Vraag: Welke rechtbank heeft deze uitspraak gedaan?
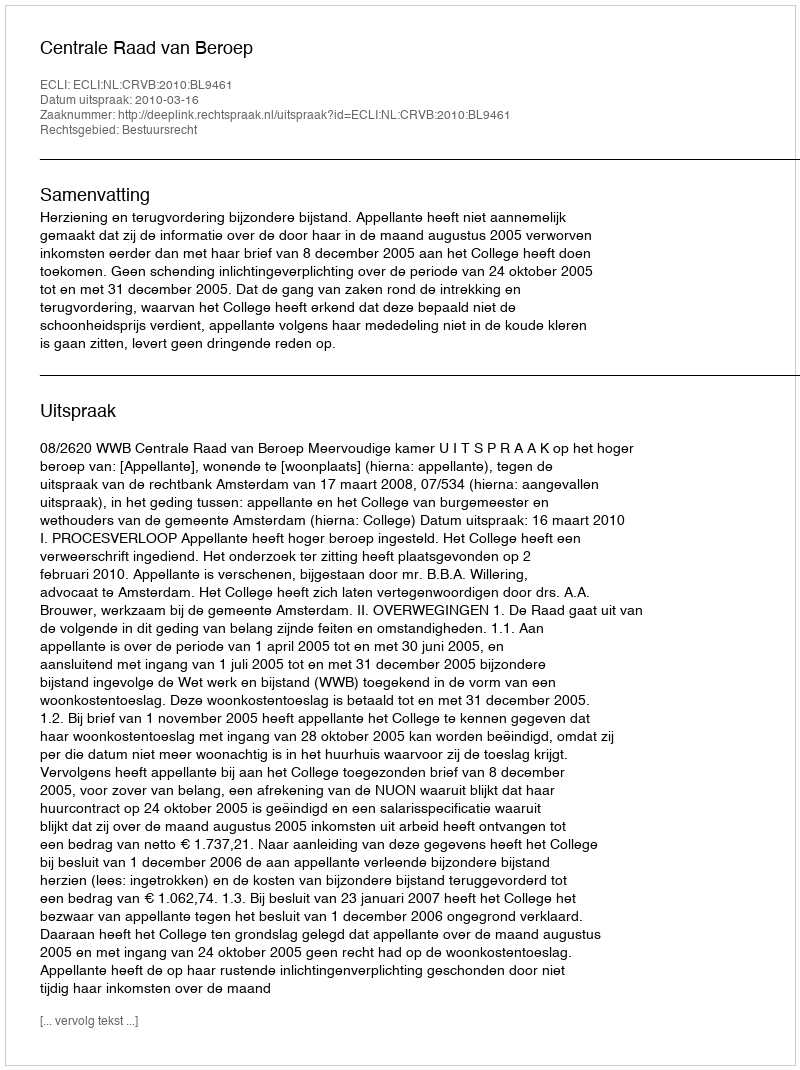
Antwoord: Centrale Raad van Beroep